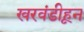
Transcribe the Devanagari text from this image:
खरवंडीहून